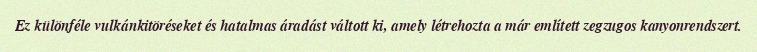
Ez különféle vulkánkitöréseket és hatalmas áradást váltott ki, amely létrehozta a már említett zegzugos kanyonrendszert.